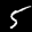
Label: 5